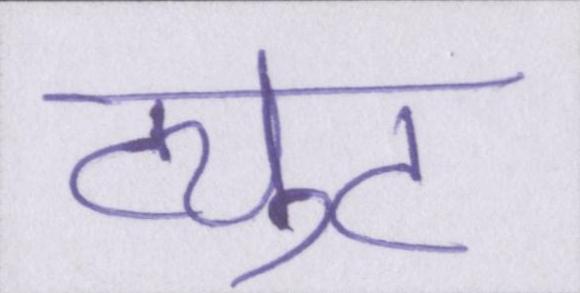
ट्युट